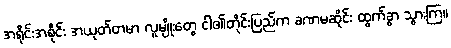
အရိုင်းအစိုင်း အယုတ်တမာ လူမျိုးတွေ ငါ၏တိုင်းပြည်က ခဏမဆိုင်း ထွက်ခွာ သွားကြ။